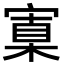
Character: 𡩼